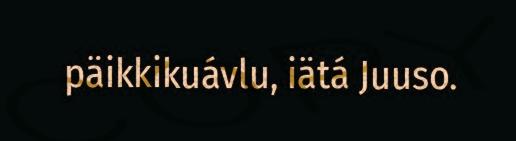
päikkikuávlu, iätá Juuso.